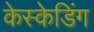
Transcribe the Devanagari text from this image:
केस्केडिंग